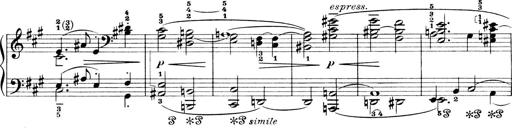
Title: 4 Sonatines
Composer: Max Reger